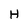
Character: H